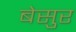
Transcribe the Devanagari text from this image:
बेसुर